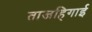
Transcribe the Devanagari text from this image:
ताजहिगाई